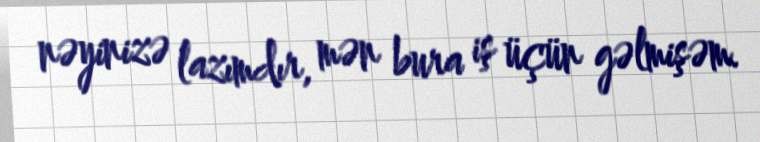
nəyinizə lazımdır, mən bura iş üçün gəlmişəm.